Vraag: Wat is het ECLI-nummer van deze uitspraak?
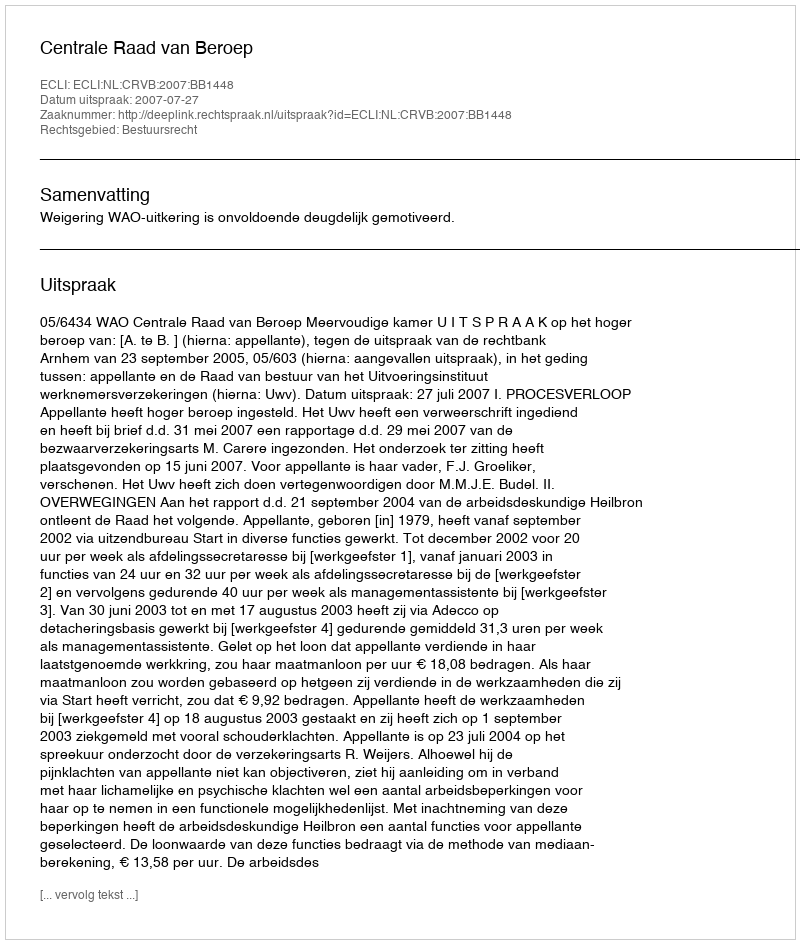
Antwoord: ECLI:NL:CRVB:2007:BB1448